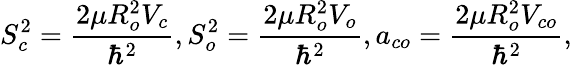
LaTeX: S_{c}^{2}=\frac{2\mu R_{o}^{2}V_{c}}{\hbar^{2}},S_{o}^{2}=\frac{2\mu R_{o}^{2}V_{o}}{\hbar^{2}},a_{co}=\frac{2\mu R_{o}^{2}V_{co}}{\hbar^{2}},